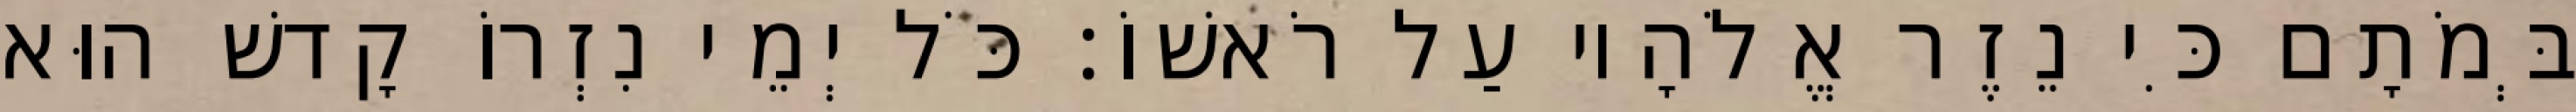
בְּמֹתָם כִּי נֵזֶר אֱלֹהָיו עַל רֹאשׁוֹ׃ כֹּל יְמֵי נִזְרוֹ קָדשׁ הוּא